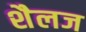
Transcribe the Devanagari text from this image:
शैलज